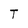
Character: T